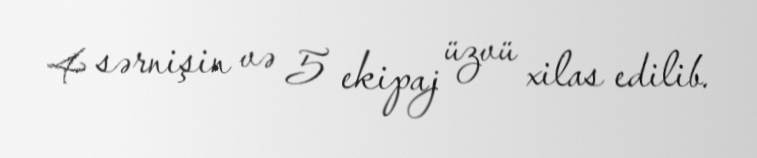
4 sərnişin və 5 ekipaj üzvü xilas edilib.